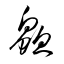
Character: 鱻